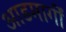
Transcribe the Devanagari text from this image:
आडमार्गीं